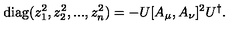
\mathrm { d i a g } ( z _ { 1 } ^ { 2 } , z _ { 2 } ^ { 2 } , . . . , z _ { n } ^ { 2 } ) = - U [ A _ { \mu } , A _ { \nu } ] ^ { 2 } U ^ { \dagger } .